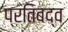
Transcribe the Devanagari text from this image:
प्रतिबद्व